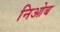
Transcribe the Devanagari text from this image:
निओब